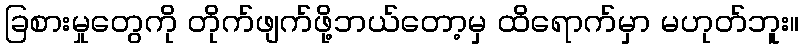
ခြစားမှုတွေကို တိုက်ဖျက်ဖို့ဘယ်တော့မှ ထိရောက်မှာ မဟုတ်ဘူး။